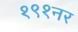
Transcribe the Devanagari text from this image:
१९१नर